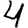
Digit: 4